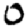
Digit: 0